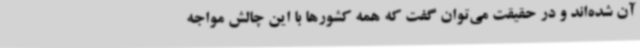
آن شده‌اند و در حقیقت می‌توان گفت که همه کشورها با این چالش مواجه